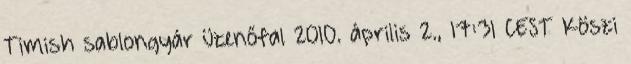
Timish sablongyár üzenőfal 2010. április 2., 17:31 CEST Köszi